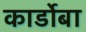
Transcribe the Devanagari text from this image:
कार्डोबा